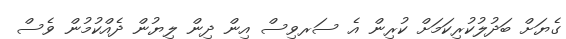
ގެޔަށް ބަދުލުކުރިކަމަށް ކުރިން އެ ސަރވިސް އިން ދިން ލިޔުން ދެއްކުމުން ވެސް